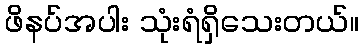
ဖိနပ်အပါး သုံးရံရှိသေးတယ်။